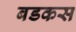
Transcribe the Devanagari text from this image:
बडकस